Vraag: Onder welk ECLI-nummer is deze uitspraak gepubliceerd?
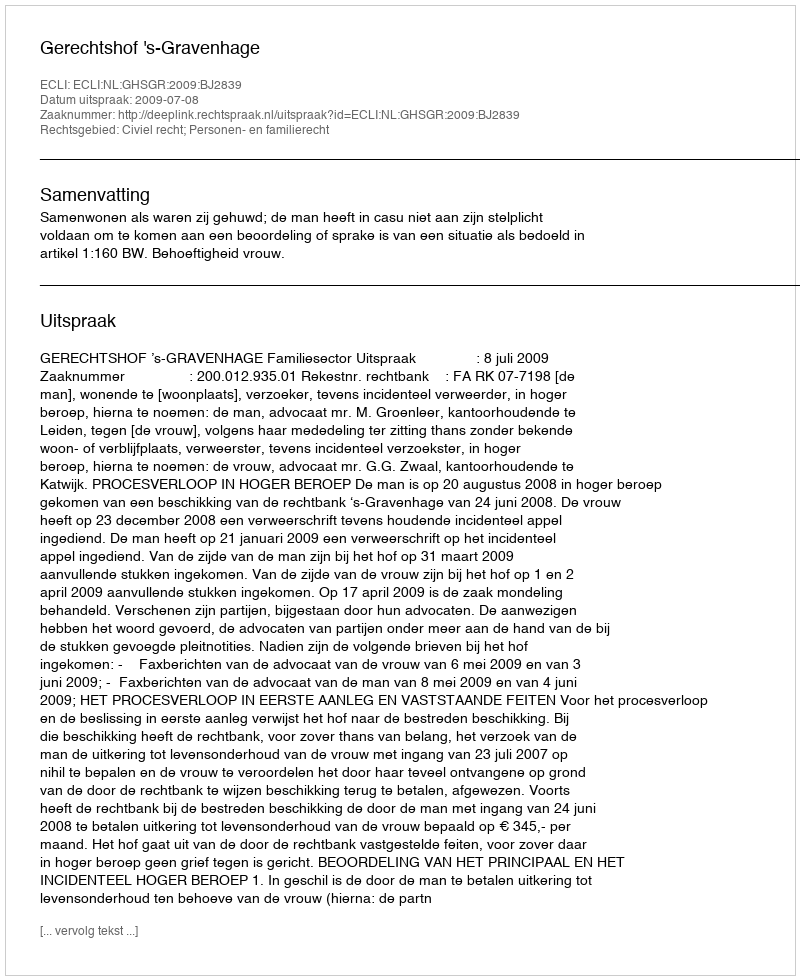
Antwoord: ECLI:NL:GHSGR:2009:BJ2839